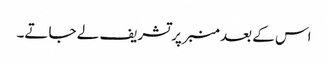
اس کے بعد منبر پر تشریف لے جاتے۔